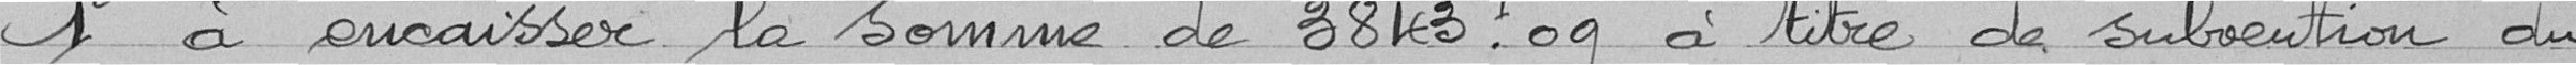
1° à encaisser la somme de 3843.09 à titre de subvention du